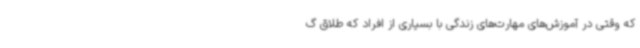
که وقتی در آموزش‌های مهارت‌های زندگی با بسیاری از افراد که طلاق گ